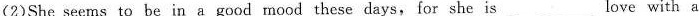
(2)She seems to be in a good mood these days, for she is ___ love with a